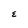
Character: E